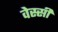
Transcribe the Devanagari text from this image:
वेस्सी